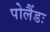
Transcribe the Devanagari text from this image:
पोलैंडः